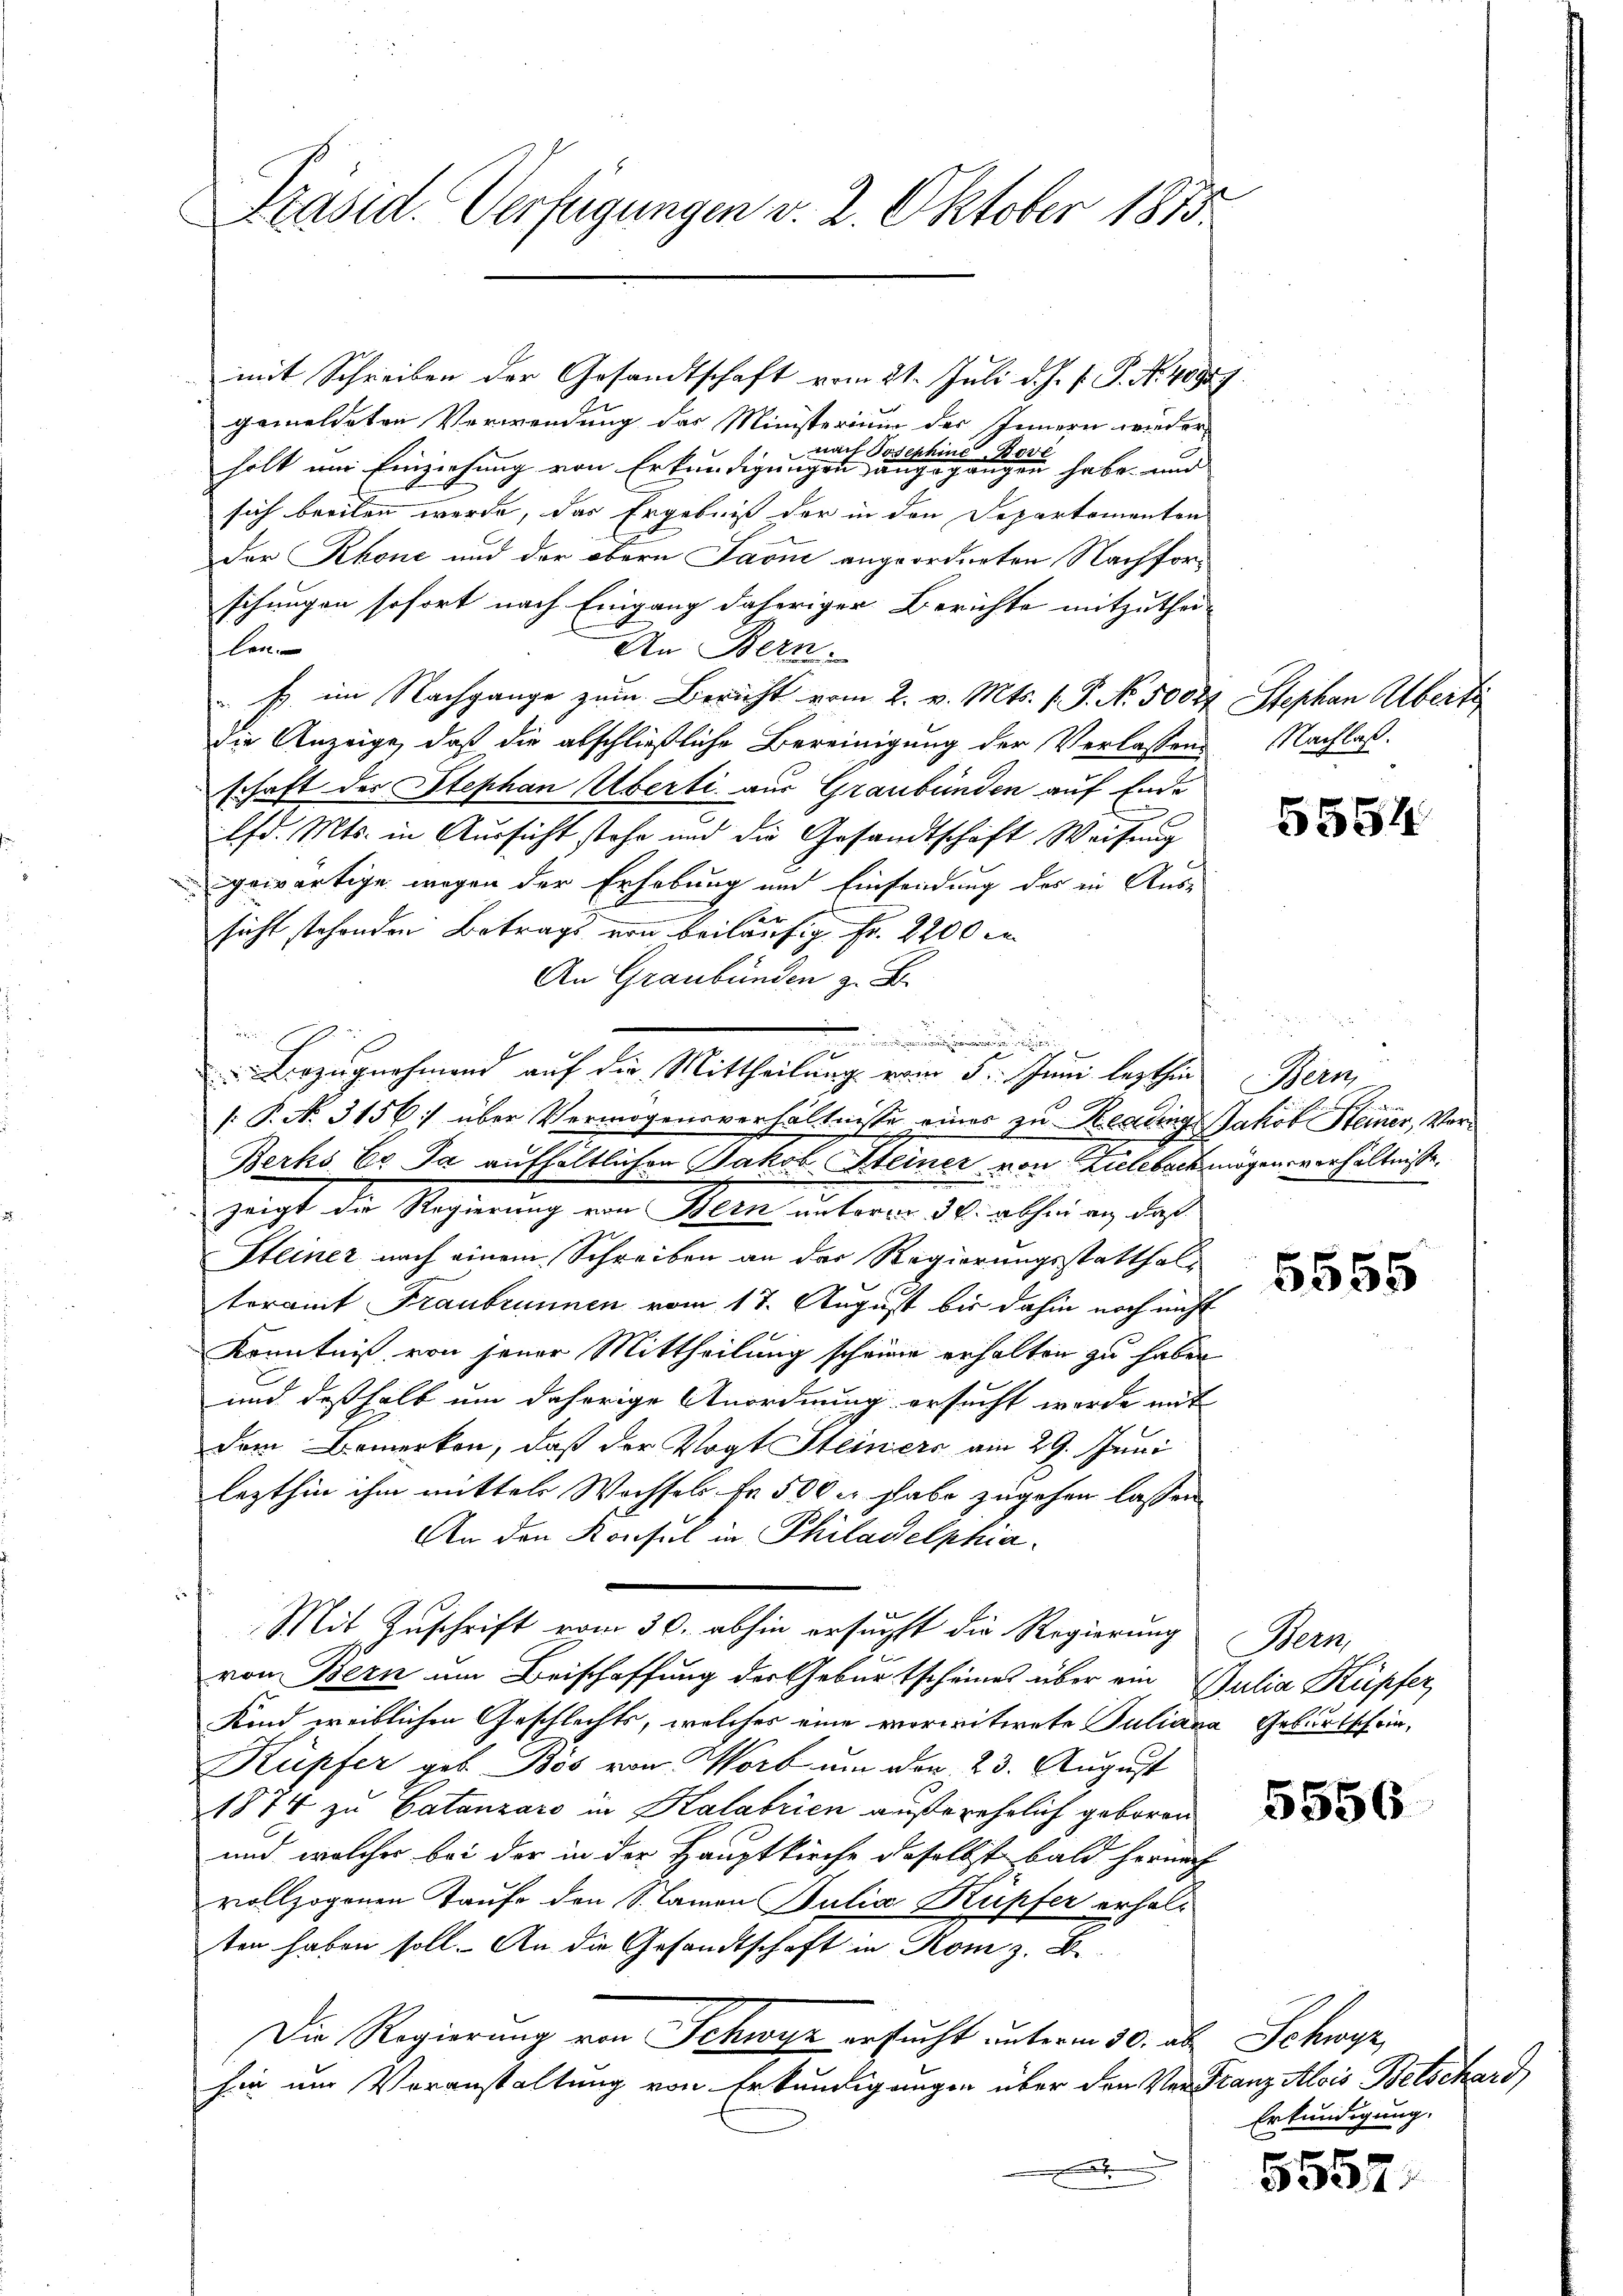
Präsid. Verfügungen v. 2. Oktober 1815

mit Schreiben der Gesandtschaft vom 21. Juli d. J. J. P. N. 40989.
gemeldeten Verwendung das Ministerium des Innern wieder
nach de
Ehekon
2
holt um Einziehung von Erkundigung seinen eine eine einen einen gegen habe und
sich breiten werde, das Ergebniß der in den Departementen
Der Rhone und der obern Laone angeordneten Nachforschungen sofort nach Eingang daheriger Berichte mitzuthei-
len
An Bern
E. im Nachgange zum Bericht vom 2. v. Mts. 1. P. Nr. 5000f Stephan Überti
Die Anzeige, daß die abschließliche Bereinigung der Verlassend
schaft der Stephan Überti aus Graubünden auf Ende
lfd. Mts. in Aussicht stehe und die Gesandtschaft Weisung
gewärtige wegen der Erhebung und Einsendung des in Aussicht stehenden Betrags von beiläufig Fr. 2200 l.
An Graubünden z. B.
[: P. No. 3156: über Vermögensverhältnisse eines zu Reading Jakob Steiner, Ver¬
Berks E. Ja aufhältlichen Jakob Heiner von Zielebach mögen verhältnisse.
zeigt die Regierung von Bern unterm 30. abhin an das
Steiner nach einem Schreiben an der Regierungsstatthalteramt Franbrunnen vom 17. August bis dahin noch nicht
Kenntniß von jener Mittheilung scheine erhalten zu haben
und deßhalb um daherige Anordnung ersucht worde mit
dem Bemerken, daß der Vogt Steiners am 29. Juni
lezthin ihm mittels Wachsels Fr. 500 er habe zugehen lassen
An den Konsul in Philadelphia
Mit Zuschrift vom 30. abhin ersuchst die Regierung
von Bern um Beischaffung der Geburtscheines über ein Julia Küpfer,
Kind weiblichen Geschlechts, welches eine vorwitwete Juliana Geburtschrie¬
Küpfer geb. Bös von Worb um der 23. August
1874 zu Catanzaro in Kalabrien außerehrlich geboren
und welcher bei der in der Hauptkirche daselbst bald hernach
vollzogenen Taufe den Stainen Julia Kupfer erhalten haben soll. An die Gesandtschaft in Rom z. B.
Die Regierung von Schwyz ersucht unterm 30. ab Schwyz,
hin um Voranstaltung von Erkundigungen über den Verfranz Alois Betschard
x

w
Bezugnahmend auf die Mittheilung vom 5. Juni lezthin

Nachlaß.

5554

Bern,
e

5555

Wern

5556

Erkundigung.

5557.